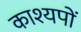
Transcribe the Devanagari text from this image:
काश्यपों